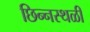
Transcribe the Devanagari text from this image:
छिन्नस्थळी